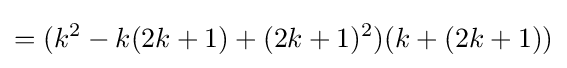
=(k^{2}-k(2k+1)+(2k+1)^{2})(k+(2k+1))